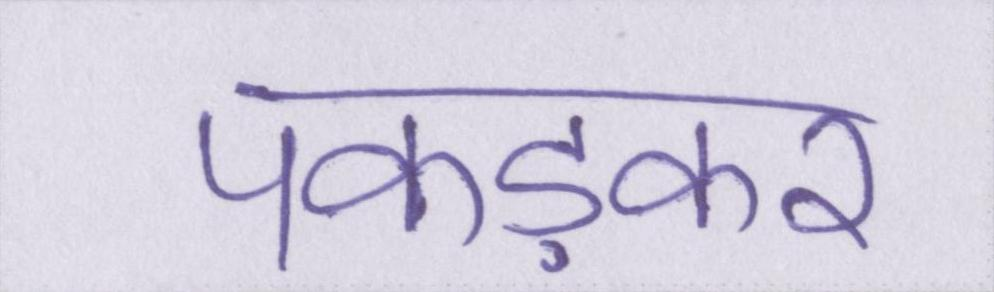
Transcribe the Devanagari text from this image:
पकड़कर